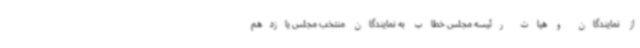
از نمایندگان و هیات رئیسه مجلس خطاب به نمایندگان منتخب مجلس یازدهم